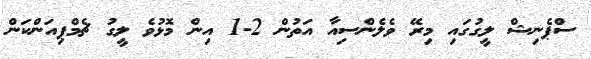
ސްޕެނިޝް ލީގުގައި މިރޭ ވެލެންސިއާ އަތުން 2-1 އިން މޮޅުވެ ލީގު ޗެމްޕިއަންކަން